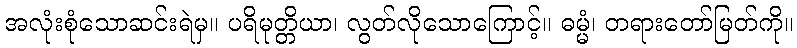
အလုံးစုံသောဆင်းရဲမှ။ ပရိမုတ္တိယာ၊ လွတ်လိုသောကြောင့်။ ဓမ္မံ၊ တရားတော်မြတ်ကို။